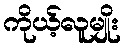
ကိုယ့်လူမျိုး